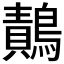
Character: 𪄸